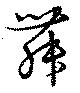
舞